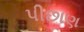
પીછાણ